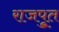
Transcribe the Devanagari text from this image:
राजपूुत